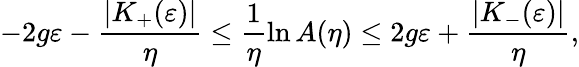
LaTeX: -2g\varepsilon-\frac{\vert K_{+}(\varepsilon)\vert}{\eta}\le\frac{1}{\eta}\ln A(\eta)\le 2g\varepsilon+\frac{\vert K_{-}(\varepsilon)\vert}{\eta},